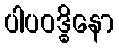
ပါပဝဒ္ဓိနော